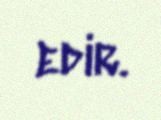
edir.